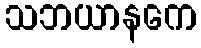
သဘယာနကေ